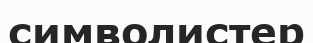
символистер